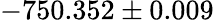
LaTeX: -750.352\pm 0.009